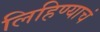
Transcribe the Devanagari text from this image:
लिहिण्याचं